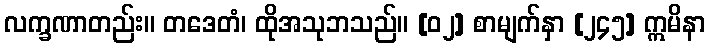
လက္ခဏာတည်း။ တဒေတံ၊ ထိုအသုဘသည်။ [၀၂] စာမျက်နှာ [၂၄၅] ဣမိနာ